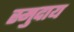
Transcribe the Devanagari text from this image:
स्मुदाय